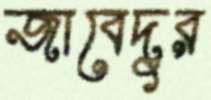
জাবেদুর